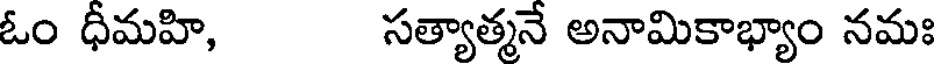
ఓం ధీమహి, సత్యాత్మనే అనామికాభ్యాం నమః